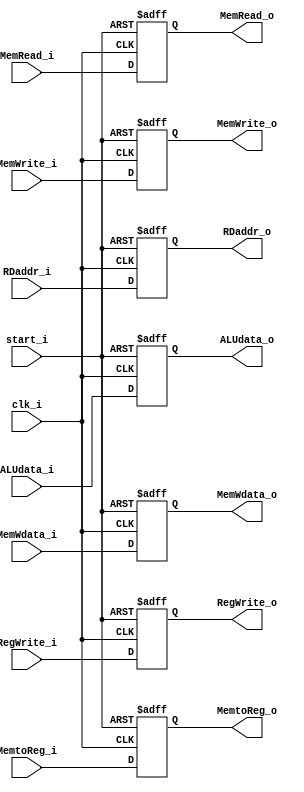
module EXMEM
(
    clk_i,
    start_i,
    RegWrite_i,
    MemtoReg_i,
    MemRead_i,
    MemWrite_i,
    ALUdata_i,
    MemWdata_i,
    RDaddr_i, 
    RegWrite_o,
    MemtoReg_o,
    MemRead_o,
    MemWrite_o,
    ALUdata_o,
	MemWdata_o,
    RDaddr_o
);

input           clk_i,
                start_i,
                RegWrite_i,
                MemtoReg_i,
                MemRead_i,
                MemWrite_i; 
input [31:0]    ALUdata_i,
                MemWdata_i;
input [4:0]     RDaddr_i;
output          RegWrite_o, 
                MemtoReg_o, 
                MemRead_o,
                MemWrite_o; 
output [31:0]   ALUdata_o,
                MemWdata_o; 
output [4:0]    RDaddr_o;
reg             RegWrite_o,
                MemtoReg_o, 
                MemRead_o, 
                MemWrite_o; 
reg [31:0]      ALUdata_o,
                MemWdata_o;
reg [4:0]       RDaddr_o;

always @ ( posedge clk_i or negedge start_i) begin
	if (~start_i) begin 
		RegWrite_o <= 0;
		MemtoReg_o <= 0;
		MemRead_o <= 0;
		MemWrite_o <= 0;
		ALUdata_o <= 0;
		RDaddr_o <= 0;
		MemWdata_o <= 0;
	end
	else begin    
		RegWrite_o <= RegWrite_i;
		MemtoReg_o <= MemtoReg_i;
		MemRead_o <= MemRead_i;
		MemWrite_o <= MemWrite_i;
		ALUdata_o <= ALUdata_i;
		RDaddr_o <= RDaddr_i;
		MemWdata_o <= MemWdata_i;
	end
end

endmodule